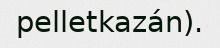
pelletkazán).